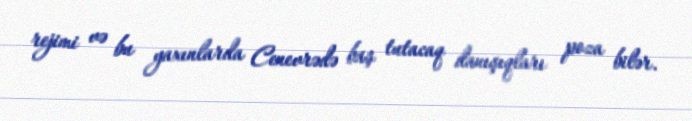
rejimi və bu yaxınlarda Cenevrədə baş tutacaq danışıqları poza bilər.